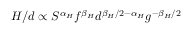
H / d \propto S ^ { \alpha _ { H } } f ^ { \beta _ { H } } d ^ { { \beta _ { H } } / 2 - \alpha _ { H } } g ^ { - { \beta _ { H } } / 2 }